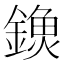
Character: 𨫗